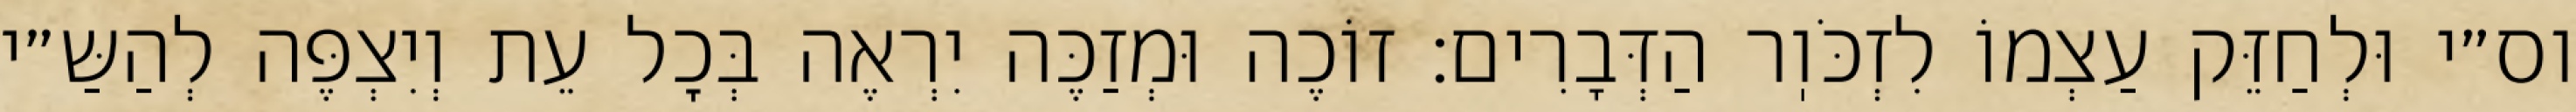
וס״י וּלְחַזֵּק עַצְמוֹ לִזְכֹּוֽר הַדְּבָרִים: זוֹכֶה וּמְזַכֶּה יִרְאֶה בְּכׇל עֵת וְיִצְפֶּה לְהַשַּ״י